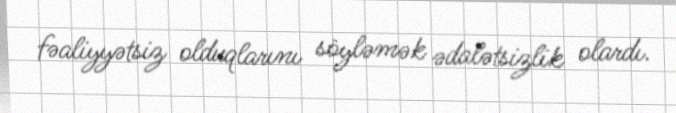
fəaliyyətsiz olduqlarını söyləmək ədalətsizlik olardı.